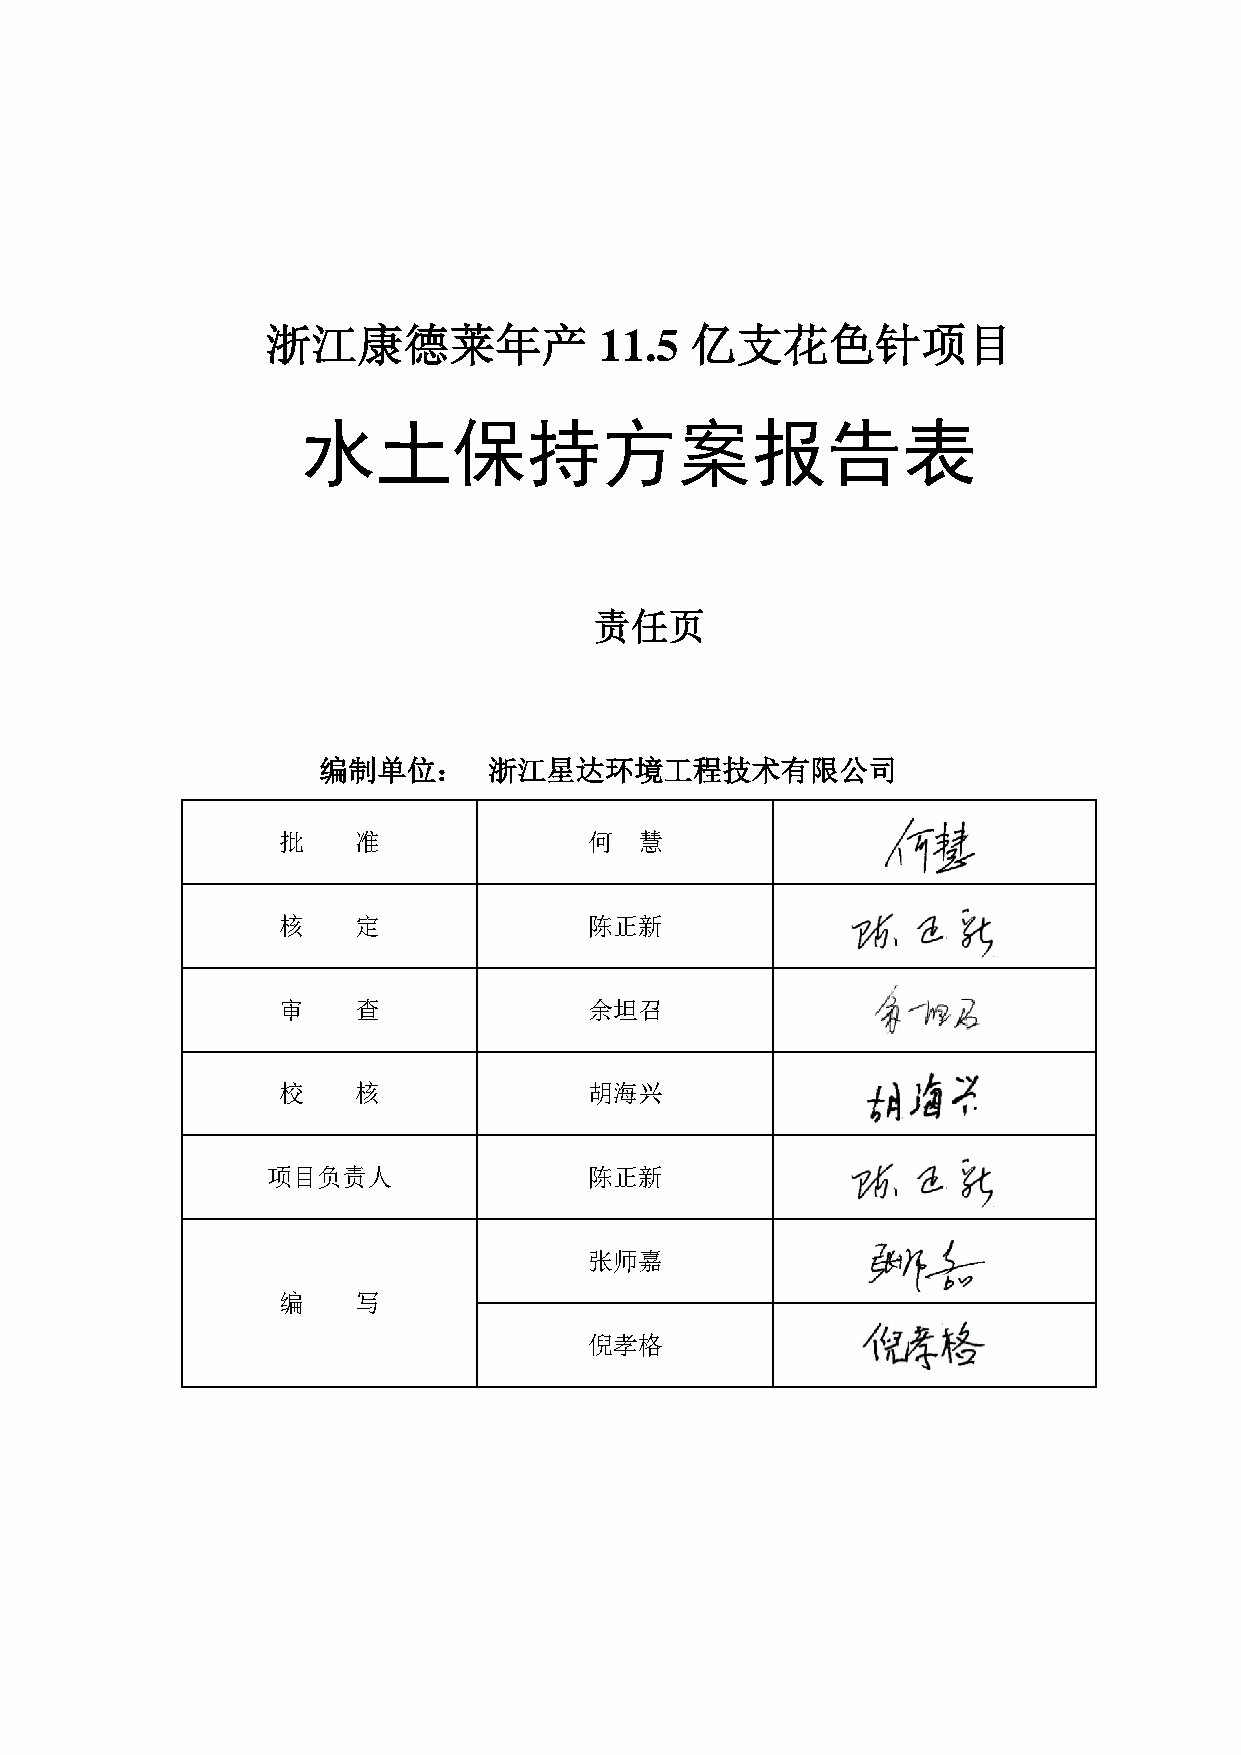
浙江康德莱年产               11.5  亿支花色针项目
 水土保持方案报告表
 责任页
 编制单位：      浙江星达环境工程技术有限公司
 批    准               何  慧
 核    定               陈正新
 审    查               余坦召
 校    核               胡海兴
 项目负责人                陈正新
 张师嘉
 编    写
 倪孝格